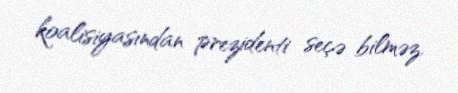
koalisiyasından prezidenti seçə bilməz.